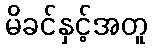
မိခင်နှင့်အတူ